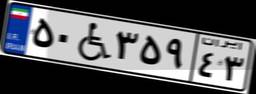
۳۱W۲۴۱۳۸